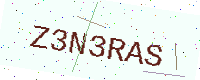
Text: Z3N3RAS